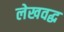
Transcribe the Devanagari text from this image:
लेखवद्ध